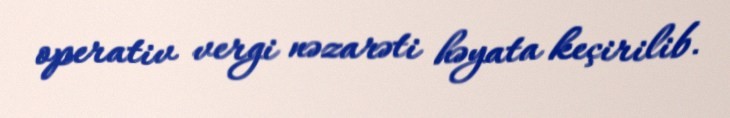
operativ vergi nəzarəti həyata keçirilib.